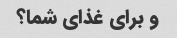
و برای غذای شما؟